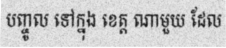
បញ្ចូល ទៅក្នុង ខេត្ត ណាមួយ ដែល